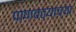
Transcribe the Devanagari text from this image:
पाणवठ्याच्या